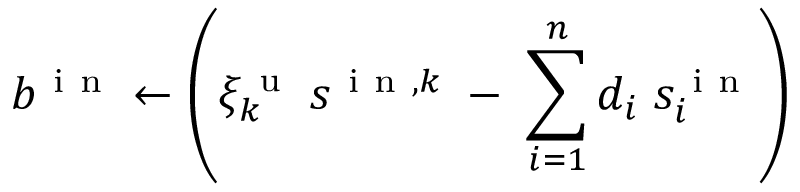
b ^ { \mathrm { ~ i ~ n ~ } } \gets \left( \xi _ { k } ^ { \mathrm { ~ u ~ } } \: s ^ { \mathrm { ~ i ~ n ~ } , k } \; - \; \sum _ { i = 1 } ^ { n } d _ { i } \; s _ { i } ^ { \mathrm { ~ i ~ n ~ } } \right)